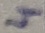
Text: 4